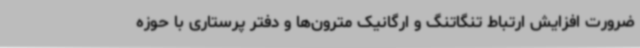
ضرورت افزایش ارتباط تنگاتنگ و ارگانیک مترون‌ها و دفتر پرستاری با حوزه